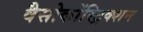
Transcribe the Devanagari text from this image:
वैसोकोंस्ट्रिक्शन